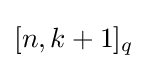
[n,k+1]_{q}